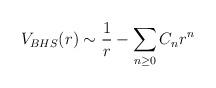
LaTeX: \begin{align*}V_{BHS}(r)\sim {1\over r}-{\sum_{n\ge 0}C_nr^n}\qquad\end{align*}